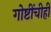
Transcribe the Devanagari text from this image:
गोष्टींचीही